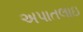
અપાતલાઇ